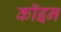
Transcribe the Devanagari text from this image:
कॉइन